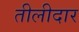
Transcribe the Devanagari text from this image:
तीलीदार